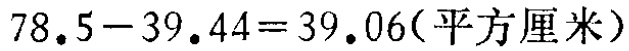
\(78.5 - 39.44 = 39.06(\text{平方厘米})\)